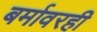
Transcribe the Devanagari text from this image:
बर्मावरही